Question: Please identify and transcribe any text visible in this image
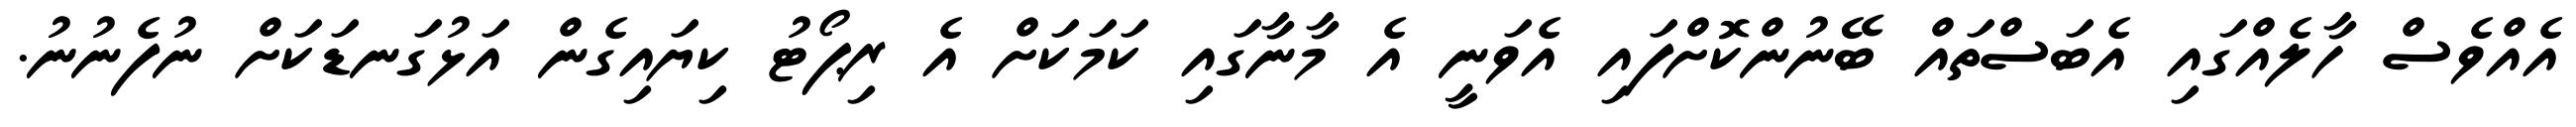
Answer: އެއްވެސް ހާލެއްގައި އެބަސްތައް ބޭނުންކޮށްފައި އެވަނީ އެ މާނާގައި ކަމަކަށް އެ ރިޕޯޓު ކިޔައިގެން އަޅުގަނޑަކަށް ނުފެނުނު.